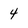
Character: 4